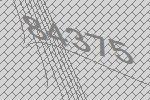
84375